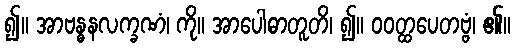
၍။ အာဗန္ဓနလက္ခဏံ၊ ကို။ အာပေါဓာတူတိ၊ ၍။ ဝဝတ္ထပေတဗ္ဗံ၊ ၏။